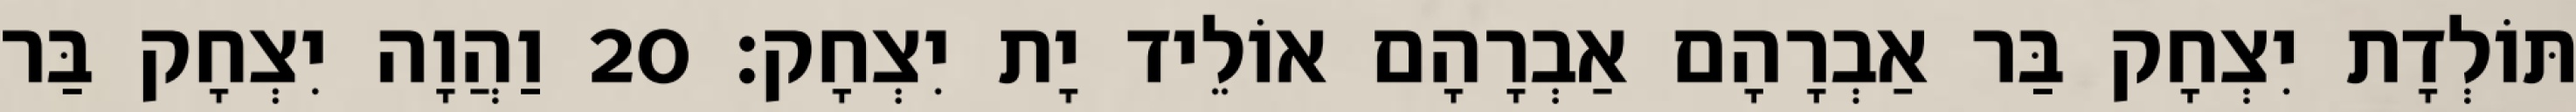
תּוֹלְדָת יִצְחָק בַּר אַבְרָהָם אַבְרָהָם אוֹלֵיד יָת יִצְחָק׃ 20 וַהֲוָה יִצְחָק בַּר